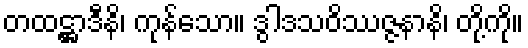
တထဋ္ဌာဒီနိ၊ ကုန်သော။ ဒွါဒသဝိဿဇ္ဇနာနိ၊ တို့ကို။